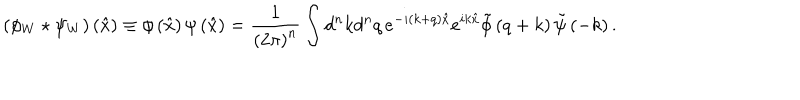
\left( \phi _ { W } \star \psi _ { W } \right) \left( \hat { x } \right) \equiv \phi \left( \hat { x } \right) \psi \left( \hat { x } \right) = \frac { 1 } { \left( 2 \pi \right) ^ { n } } \int d ^ { n } k d ^ { n } q \, e ^ { - i ( k + q ) \hat { x } } e ^ { i k \hat { x } } \tilde { \phi } \left( q + k \right) \tilde { \psi } \left( - k \right) .